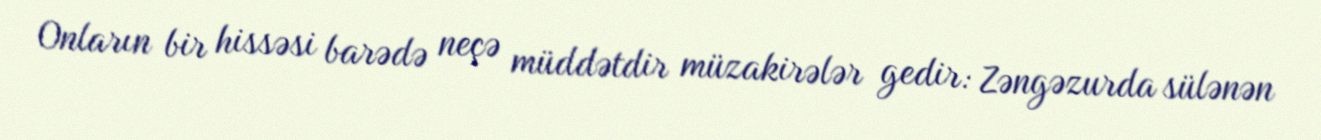
Onların bir hissəsi barədə neçə müddətdir müzakirələr gedir: Zəngəzurda sülənən